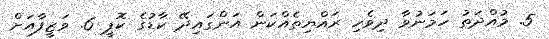
5. މުއްދަތު ހަމަނުވާ ދިވެހި ރައްޔިތެއްކަން އަންގައިދޭ ކާޑުގެ ކޮޕީ 6. ވަޒީފާއަށް